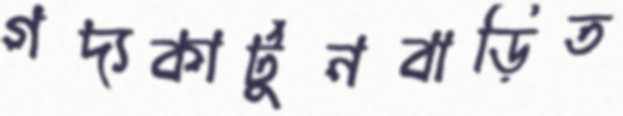
গদ্যকার্টুনবাড়িত